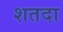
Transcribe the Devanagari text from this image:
शतदा